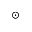
_ \odot